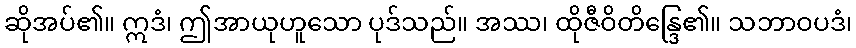
ဆိုအပ်၏။ ဣဒံ၊ ဤအာယုဟူသော ပုဒ်သည်။ အဿ၊ ထိုဇီဝိတိန္ဒြေ၏။ သဘာဝပဒံ၊